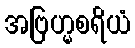
အဗြဟ္မစရိယံ